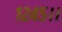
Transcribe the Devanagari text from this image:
१२४५।।